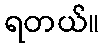
ရတယ်။